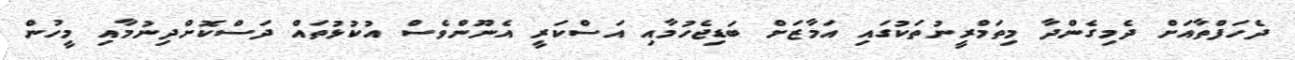
ދެހަފްތާއަށް ދެމިގެންދާ މިތަމްރީނުތަކުގައި އަމާޒަށް ބަޑިޖެހުމާއި އަސްކަރީ އެނޫންވެސް އުކުޅުތައް ދަސްކޮށްދިނުމާއި މީހުން